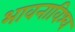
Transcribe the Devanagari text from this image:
भावनाविश्व